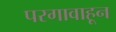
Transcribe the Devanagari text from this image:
परगावाहून